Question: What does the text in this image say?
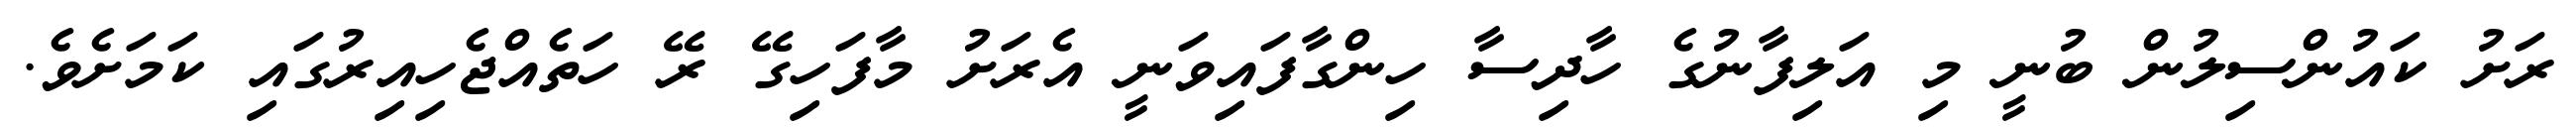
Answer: ރަށު ކައުންސިލުން ބުނީ މި އަލިފާނުގެ ހާދިސާ ހިންގާފައިވަނީ އެރަށު މާފަހިގޭ ރޭ ހަތެއްޖެހިއިރުގައި ކަމަށެވެ.